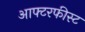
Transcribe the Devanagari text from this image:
आफ्टरफीस्ट